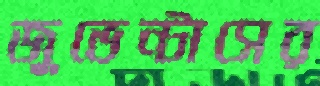
জুভেন্টাসের